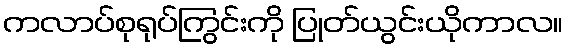
ကလာပ်စုရုပ်ကြွင်းကို ပြုတ်ယွင်းယိုကာလ။